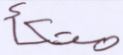
متكأ